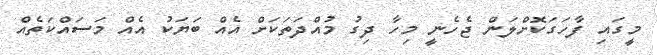
މީގައި ފާހަގަކޮށްލަން ޖެހެނީ މިހާ ދިގު މުއްދަތަކަށް އެއް ބަޔަކު އެއް މަސައްކަތެއް